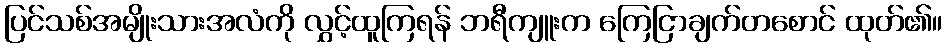
ပြင်သစ်အမျိုးသားအလံကို လွှင့်ထူကြရန် ဘရီကျူးက ကြေငြာချက်တစောင် ထုတ်၏။